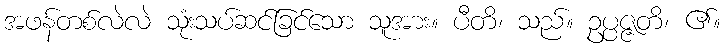
အဖန်တစ်လဲလဲ သုံးသပ်ဆင်ခြင်သော သူအား။ ပီတိ၊ သည်။ ဥပ္ပဇ္ဇတိ၊ ၏။